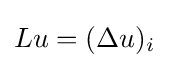
Lu=(\Delta u)_{i}